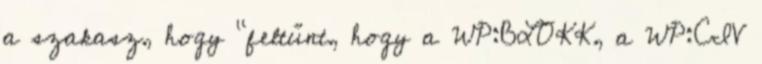
a szakasz, hogy "feltűnt, hogy a WP:BLOKK, a WP:CIV